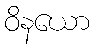
ဝိနယော